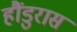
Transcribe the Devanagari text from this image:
हौंडुरास